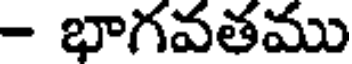
- భాగవతము